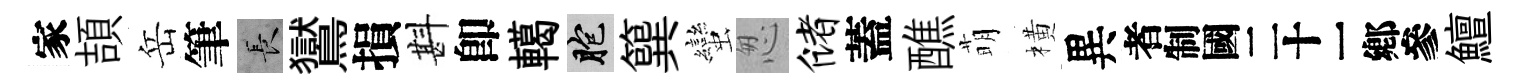
家頡岳筆长鸑損斟卽轕胞簨蠻怱储蓋醮萌橫異识鱣